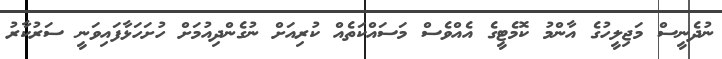
ނުދެނީސް މަޖިލީހުގެ އާންމު ކޮމެޓީގެ އެއްވެސް މަސައްކަތެއް ކުރިއަށް ނުގެންދިއުމަށް ހުށަހަޅާފައިވަނީ ސަރުކާރު